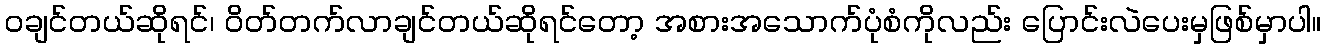
၀ချင်တယ်ဆိုရင်၊ ဝိတ်တက်လာချင်တယ်ဆိုရင်တော့ အစားအသောက်ပုံစံကိုလည်း ပြောင်းလဲပေးမှဖြစ်မှာပါ။